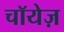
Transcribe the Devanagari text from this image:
चॉयेज़